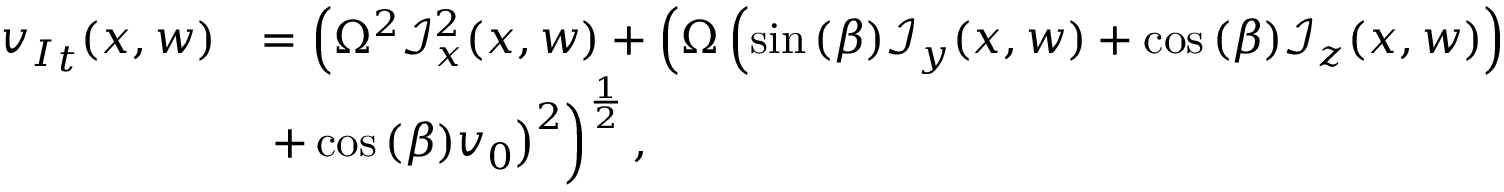
\begin{array} { r l } { { v _ { I } } _ { t } ( x , w ) } & { = \left( \Omega ^ { 2 } \mathcal { I } _ { x } ^ { 2 } ( x , w ) + \left( \Omega \left( \sin { ( \beta ) } \mathcal { I } _ { y } ( x , w ) + \cos { ( \beta ) } \mathcal { I } _ { z } ( x , w ) \right) \right. \right. } \\ & { \left. \left. + \cos { ( \beta ) } v _ { 0 } \right) ^ { 2 } \right) ^ { \frac { 1 } { 2 } } , } \end{array}